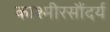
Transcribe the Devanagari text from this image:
काश्मीरसौंदर्य